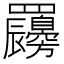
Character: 𦍇